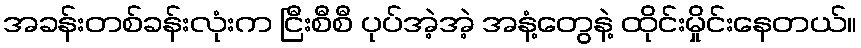
အခန်းတစ်ခန်းလုံးက ငြီးစီစီ ပုပ်အဲ့အဲ့ အနံ့တွေနဲ့ ထိုင်းမှိုင်းနေတယ်။